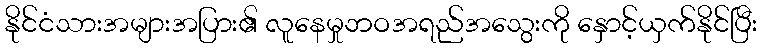
နိုင်ငံသားအများအပြား၏ လူနေမှုဘဝအရည်အသွေးကို နှောင့်ယှက်နိုင်ပြီး